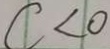
c < 0